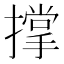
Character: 撑